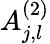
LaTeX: A_{j,l}^{(2)}